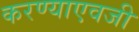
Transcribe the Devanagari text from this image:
करण्याएवजी